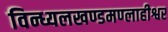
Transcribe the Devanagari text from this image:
विन्ध्यलखण्डमण्लाहीश्वर